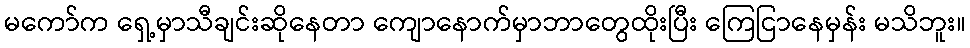
မကော်က ရှေ့မှာသီချင်းဆိုနေတာ ကျောနောက်မှာဘာတွေထိုးပြီး ကြေငြာနေမှန်း မသိဘူး။